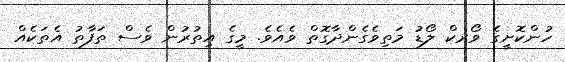
ހުންކޮށީގެ ވޯރކް ލޯޑު މަތިވެގެންދާގޮތް ވެއެވެ. މީގެ އިތުރުން ވެސް ތަފާތު އެތަކެއް